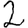
Digit: 2